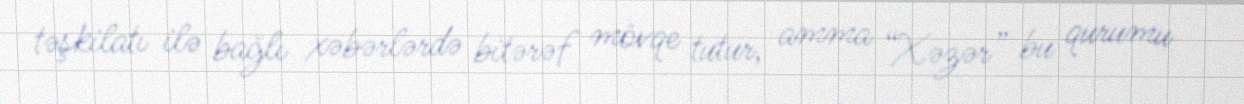
təşkilatı ilə bağlı xəbərlərdə bitərəf mövqe tutur, amma “Xəzər” bu qurumu